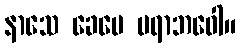
နာသေ ခေပေ ပရာဘဝေါ။